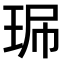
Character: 𤥈